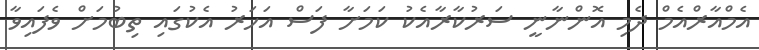
އެމްއާރްއެމް ދެމި އޮންނާނީ ސަރުކާރާއެކު ކަމަށާ ފަސް އަހަރު އެކުގައި ތިބުމަށް ވެފައިވާ